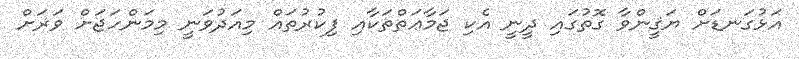
އަޅުގަނޑަށް ޔަޤީންވާ ގޮތުގައި ދީނީ އެކި ޖަމާޢަތްތަކާއި ފިކުރުތައް މިއަދުވަނީ މިމަންހަޖަށް ވަރަށް